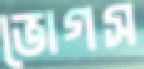
ভোগস